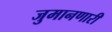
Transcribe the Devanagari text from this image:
जुमानणारी